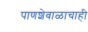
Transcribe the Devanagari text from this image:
पाणशेवाळाचाही